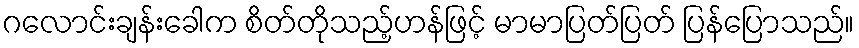
ဂလောင်းချန်းခေါက စိတ်တိုသည့်ဟန်ဖြင့် မာမာပြတ်ပြတ် ပြန်ပြောသည်။